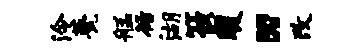
泠甍艋循湖筱暖“改